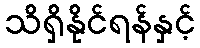
သိရှိနိုင်ရန်နှင့်